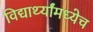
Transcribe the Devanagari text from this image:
विद्यार्थ्यांमध्येच